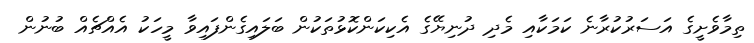
ތިމާވެށީގެ އަސަރުކުރާނެ ކަމަކާއި މެދި ދުނިޔޭގެ އެކިކަންކޮޅުތަކުުން ބަލައިގެންފައިވާ މީހަކު އެއްޗެއް ބުނުން